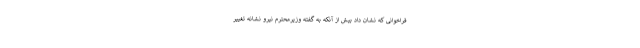
فراخوانی که نشان داد بیش از آنکه به گفته وزیرمحترم نیرو نشانه تغییر